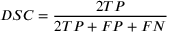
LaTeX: D S C = { \frac { 2 T P } { 2 T P + F P + F N } }